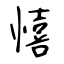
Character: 憘